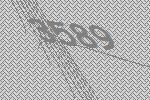
3589